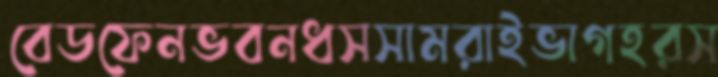
বেডফেনভবনধসসামরাইভাগহরস